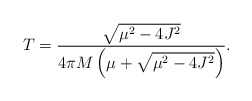
\begin{align*}T=\frac{\sqrt{\mu^2-4 J^2}}{4\pi M \left(\mu+ \sqrt{\mu^2-4 J^2}\right)}.\end{align*}